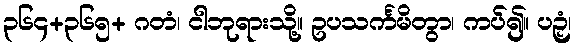
၃၆၄+၃၆၅+ ဂတံ၊ ငါဘုရားသို့။ ဥပသင်္ကမိတွာ၊ ကပ်၍။ ပဉှံ၊